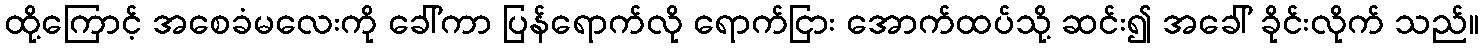
ထို့ကြောင့် အစေခံမလေးကို ခေါ်ကာ ပြန်ရောက်လို ရောက်ငြား အောက်ထပ်သို့ ဆင်း၍ အခေါ် ခိုင်းလိုက် သည်။